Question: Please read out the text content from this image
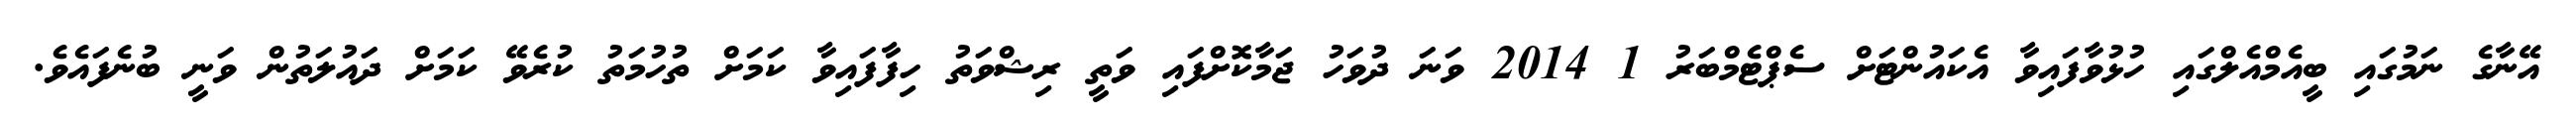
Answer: އޭނާގެ ނަމުގައި ބީއެމްއެލްގައި ހުޅުވާފައިވާ އެކައުންޓަށް ސެޕްޓެމްބަރު 1 2014 ވަނަ ދުވަހު ޖަމާކޮށްފައި ވަތީ ރިޝްވަތު ހިފާފައިވާ ކަމަށް ތުހުމަތު ކުރެވޭ ކަމަށް ދައުލަތުން ވަނީ ބުނެފައެވެ.